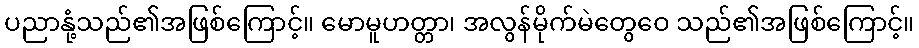
ပညာနုံ့သည်၏အဖြစ်ကြောင့်။ မောမူဟတ္တာ၊ အလွန်မိုက်မဲတွေဝေ သည်၏အဖြစ်ကြောင့်။